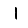
Digit: 1